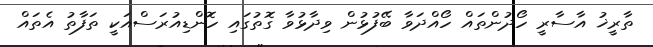
ތާރީޚު އާސާރީ ހޯދުންތައް ހޯއްދަވާ ބޭފުޅުން ވިދާޅުވާ ގޮތުގައި ހޮންޑިއުރަސްއަކީ ތަފާތު އެތައް